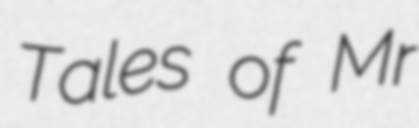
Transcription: Tales of Mr